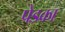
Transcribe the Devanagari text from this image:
पेडका